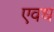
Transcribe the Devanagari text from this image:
एवध